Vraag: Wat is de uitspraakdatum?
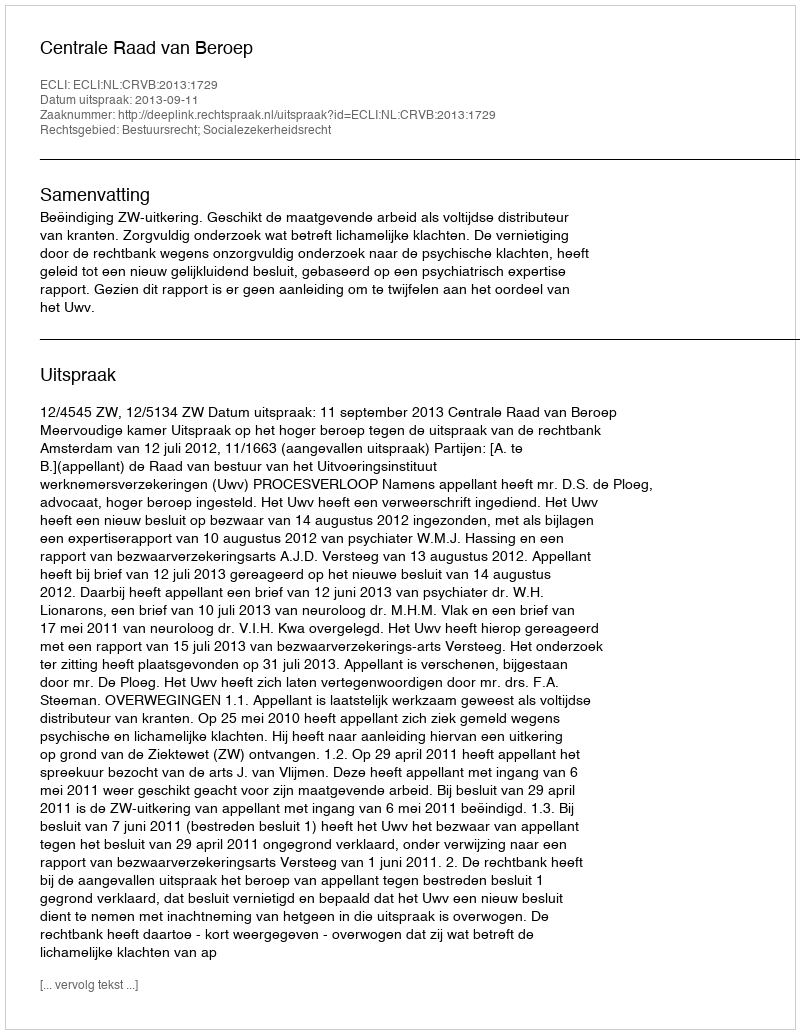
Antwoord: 2013-09-11